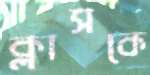
ক্লাসকে